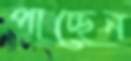
পাচ্ছেন